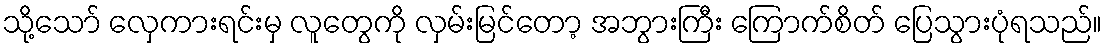
သို့သော် လှေကားရင်းမှ လူတွေကို လှမ်းမြင်တော့ အဘွားကြီး ကြောက်စိတ် ပြေသွားပုံရသည်။